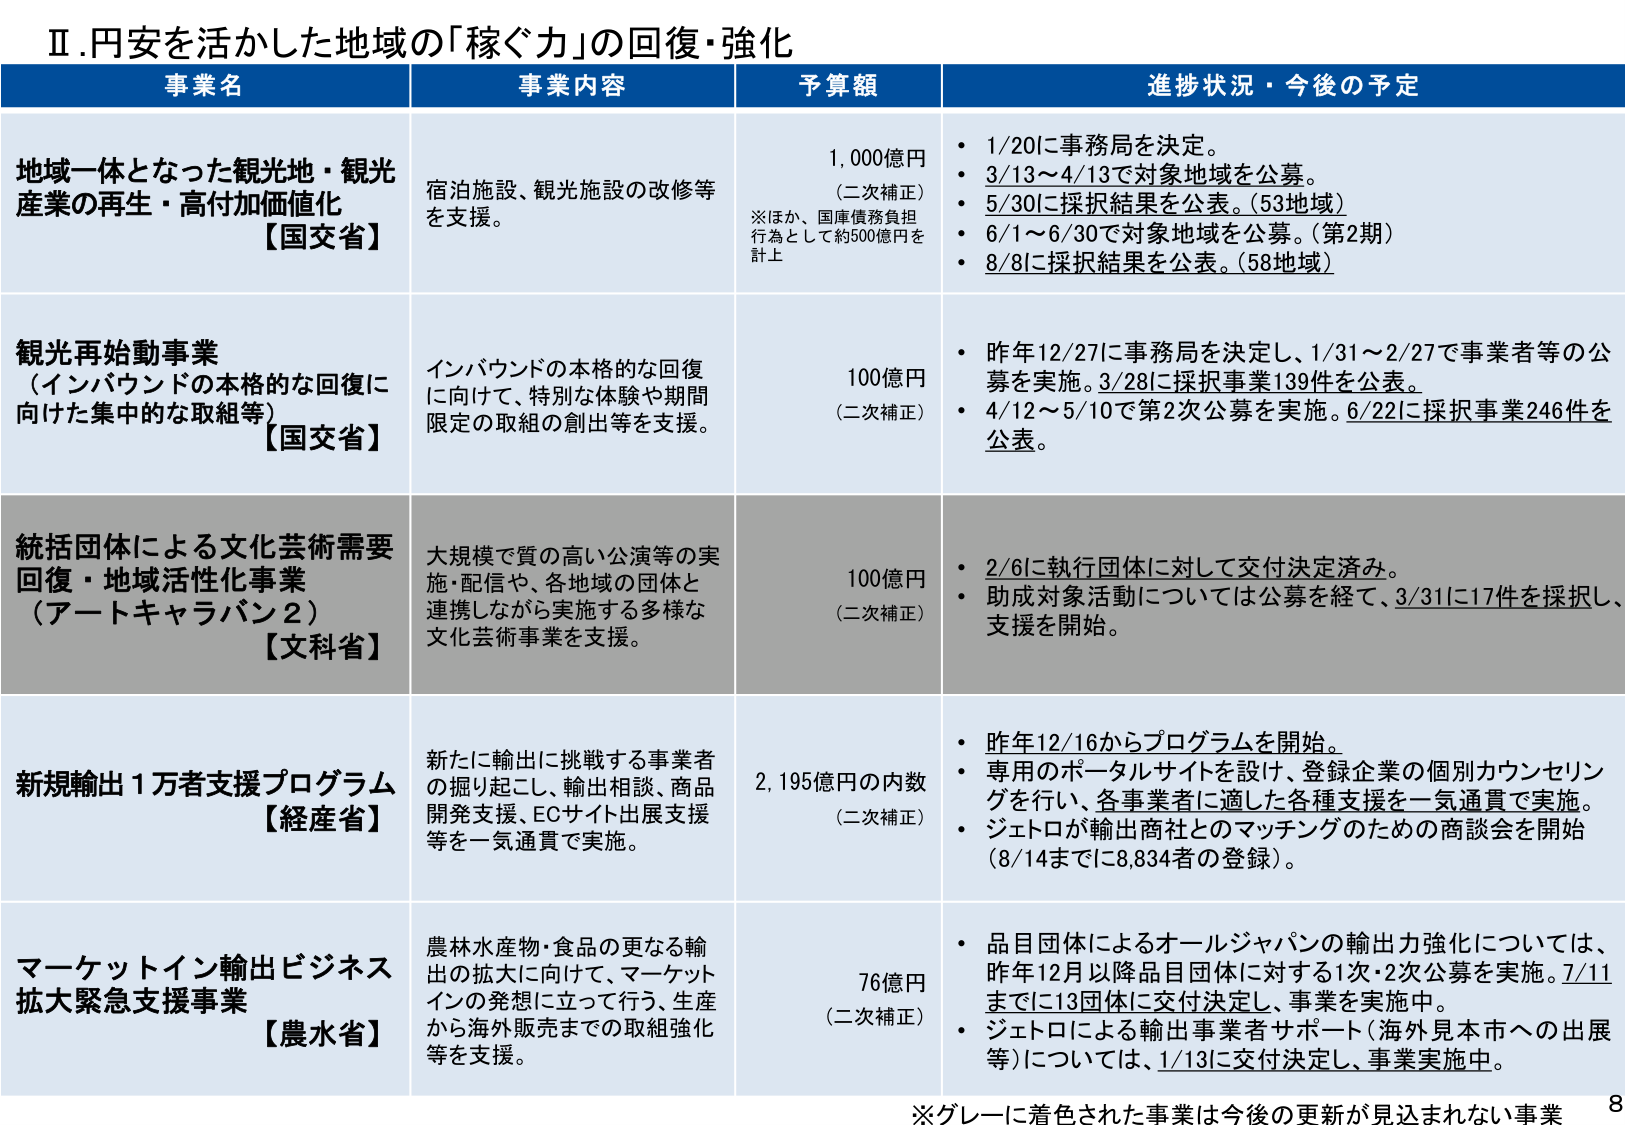
Ⅱ.円安を活かした地域の「稼ぐ力」の回復・強化

事業名